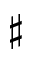
\sharp